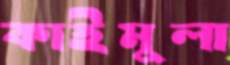
কাইমুলা